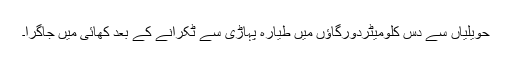
حویلیاں سے دس کلومیٹردورگاؤں میں طیارہ پہاڑی سے ٹکرانے کے بعد کھائی میں جاگرا۔